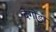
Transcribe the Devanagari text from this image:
देगोडा